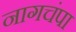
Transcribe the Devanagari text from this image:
नागचंपा